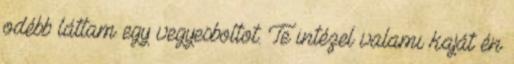
odébb láttam egy vegyesboltot. Te intézel valami kaját én